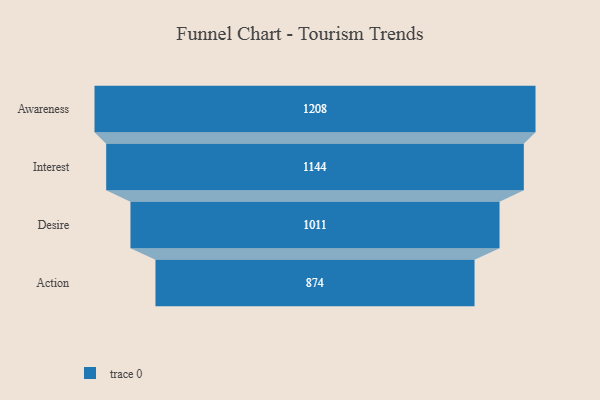
{"axis": {"x": "Stage", "y": "Value"}, "legend": [""], "data": [{"x": "Awareness", "y": 1208.0, "type": ""}, {"x": "Interest", "y": 1144.0, "type": ""}, {"x": "Desire", "y": 1011.0, "type": ""}, {"x": "Action", "y": 874.0, "type": ""}]}